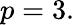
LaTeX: p=3.